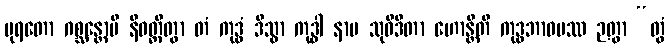
ပုရတော ဂစ္ဆန္တောပိ နိဝတ္တိတွာ တံ ကုဒ္ဓံ ဒိသွာ ကုဒ္ဓါ နာမ သုဝိဒိတာ ဟောန္တီတိ ကုဒ္ဓဘာဝမဿ ဉတွာ “တွံ